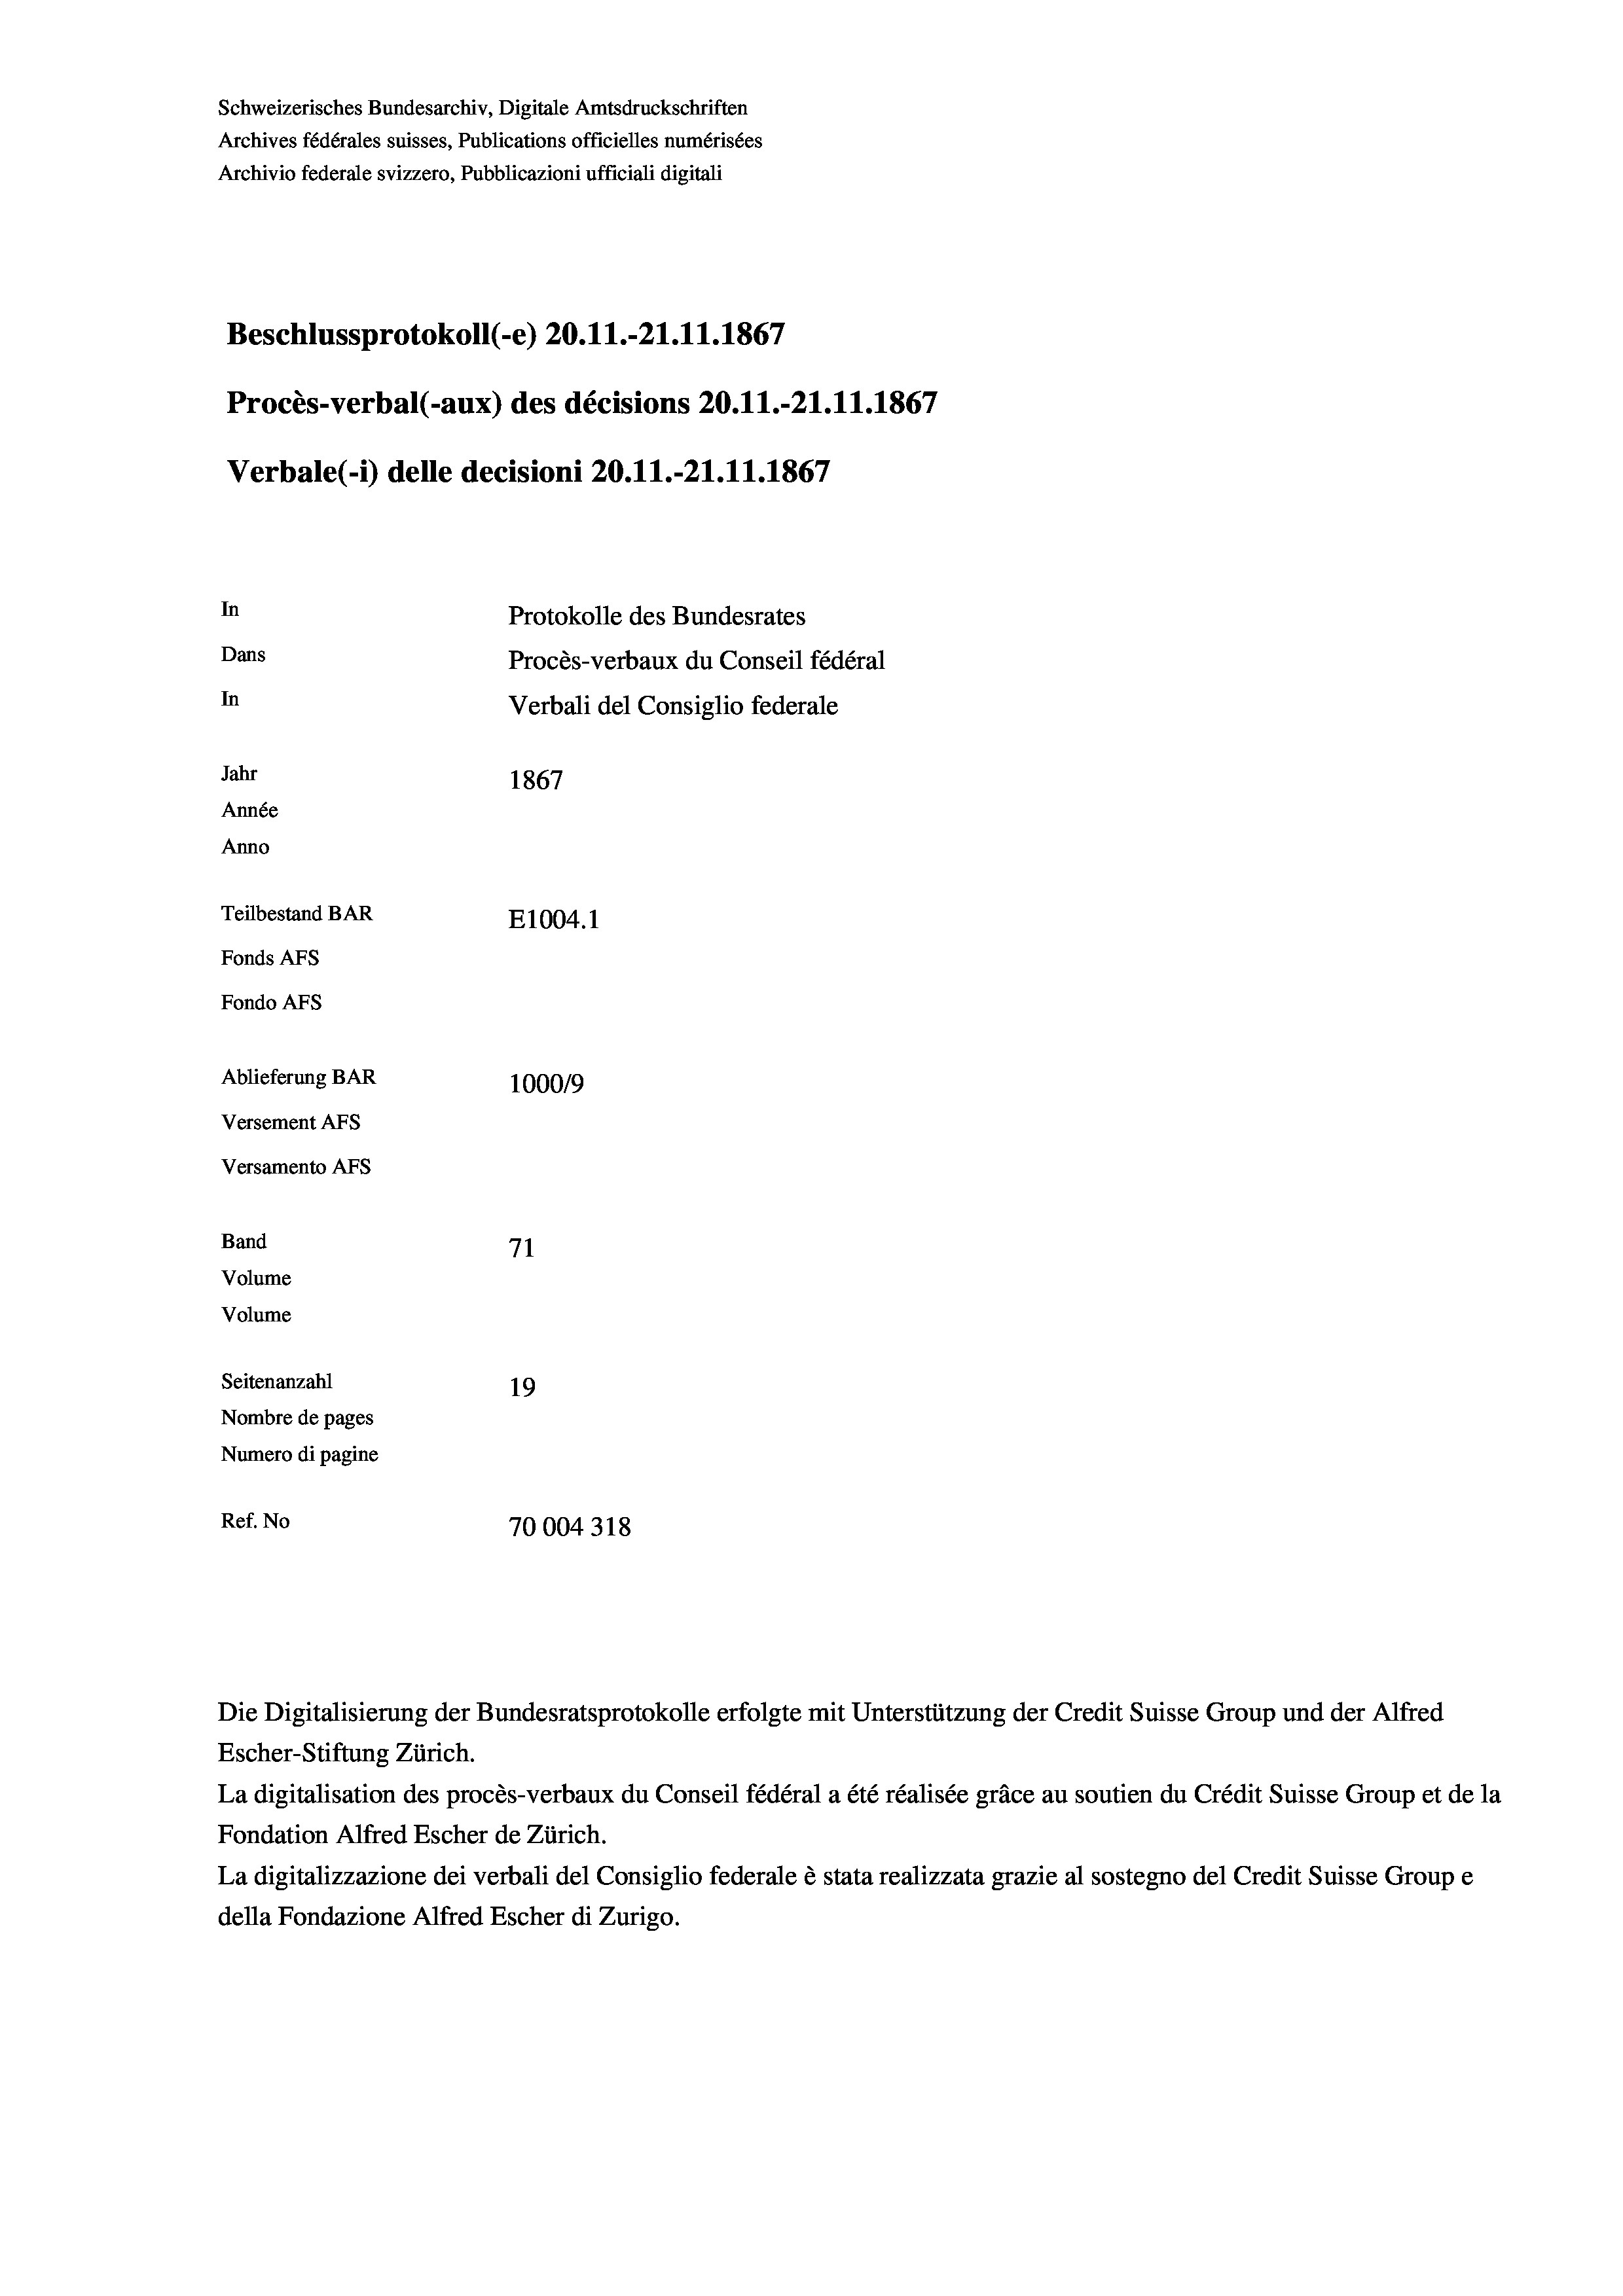
Schweizerisches Bundesarchiv, Digitale Amtsdruckschriften
Archives fédérales suisses, Publications officielles numérisées
Archivio federale svizzero, Pubblicazioni ufficiali digitali
Beschlussprotokoll (-e) 20.11.-21.11.1867
Procès-verbal (-aux) des décisions 20.11.-21.11.1867
Verbale (- 1) delle decisioni 20.11.-21.11.1867
In
Protokolle des Bundesrates
Dans
Procès-verbaux du Conseil fédéral
In
Verbali del Consiglio federale
Jahr
1867
Année
Anno
Teilbestand BAR
E1004.1
Fonds AFs
Fondo AFs
Ablieferung BAR
100019
Versement AFs
Versamento AFs
Band
71
Volume
Volume
Seitenanzahl
19
Nombre de pages
Numero di pagine
Ref. No
70004318

Die Digitalisierung der Bundesratsprotokolle erfolgte mit Unterstützung der Credit Suisse Group und der Alfred

Escher-Stiftung Zürich.
La digitalisation des procès-verbaux du Conseil fédéral a été réalisée gräce au soutien du Crédit Suisse Group et de la
Fondation Alfred Escher de Zürich.
La digitalizzazione dei verbali del Consiglio federale è stata realizzata grazie al sostegno del Credit Suisse Groupe
della Fondazione Alfred Escher di Zurigo.